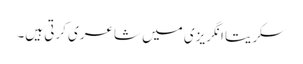
سکریتا انگریزی میں شاعری کرتی ہیں۔